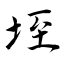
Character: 垤